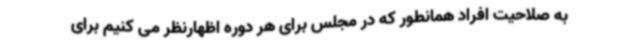
به صلاحیت افراد همانطور که در مجلس برای هر دوره اظهارنظر می کنیم برای